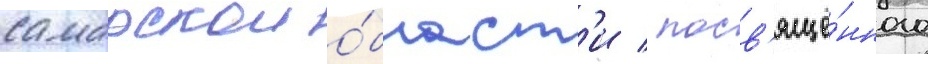
самарскои о́бласт'и / посв'ящё́нного